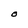
Character: O